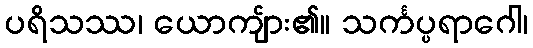
ပရိသဿ၊ ယောကျ်ား၏။ သင်္ကပ္ပရာဂေါ၊